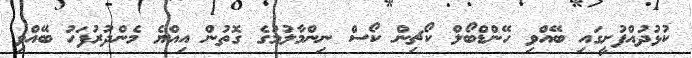
ކުޅުދުއްފުށީގައި ބޭއްވި ހޭންޑްބޯލް ކޯޗިން ކޯސް ނިންމާލުމުގެ ގޮތުން އިއްޔެ މެންދުރުފަހު ބޭއްވި